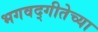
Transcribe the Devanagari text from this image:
भगवद्‌गीतेच्या